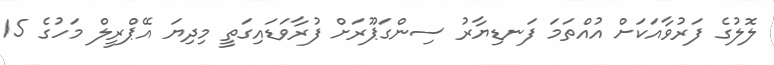
ލޮލުގެ ފަރުވާއަކަށް އުއްތަމަ ފަނޑިޔާރު ސިންގަޕޫރަށް ފުރާވަޑައިގަތީ މިދިޔަ އޭޕްރީލް މަހުގެ 15